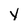
Character: Y